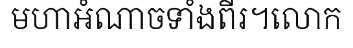
មហាអំណាចទាំងពីរ។លោក